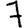
Digit: 7